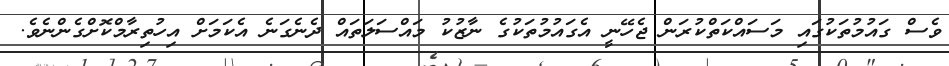
ވެސް ގައުމުތަކުގައި މަސައްކަތްކުރަން ޖެހޭނީ އެގައުމުތަކުގެ ނާޒުކު މައްސަލަތައް ދެނެގަނެ އެކަމަށް އިހުތިރާމްކޮށްގެންނެވެ.